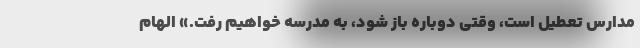
مدارس تعطیل است، وقتی دوباره باز شود، به مدرسه خواهیم رفت.» الهام